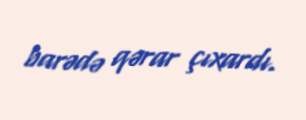
barədə qərar çıxardı.